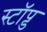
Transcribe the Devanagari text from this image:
स्टॉप्ड